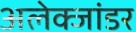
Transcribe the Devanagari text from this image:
अलेक्जांडर